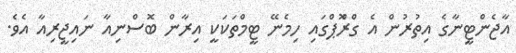
އާޖެންޓީނާގެ އިތުރުން އެ ގްރޫޮޕްގައި ހިމެނޭ ޓީމްތަކަކީ އިރާން ބޮސްނިއާ ނައިޖީރިއާ އެވެ.